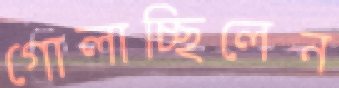
গোলাচ্ছিলেন